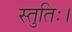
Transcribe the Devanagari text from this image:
स्तुतिः।